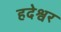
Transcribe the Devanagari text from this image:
हदेश्वर